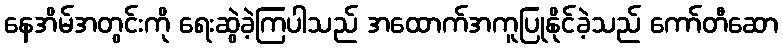
နေအိမ်အတွင်းကို ရေးဆွဲခဲ့ကြပါသည် အထောက်အကူပြုနိုင်ခဲ့သည် ကော်တီဆော